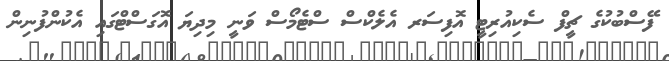
ފޭސްބުކުގެ ޗީފް ސެކިއުރިޓީ އޮފިސަރ އެލެކްސް ސްޓެމޯސް ވަނީ މިދިޔަ އޮގަސްޓްގައި އެކުންފުނިން